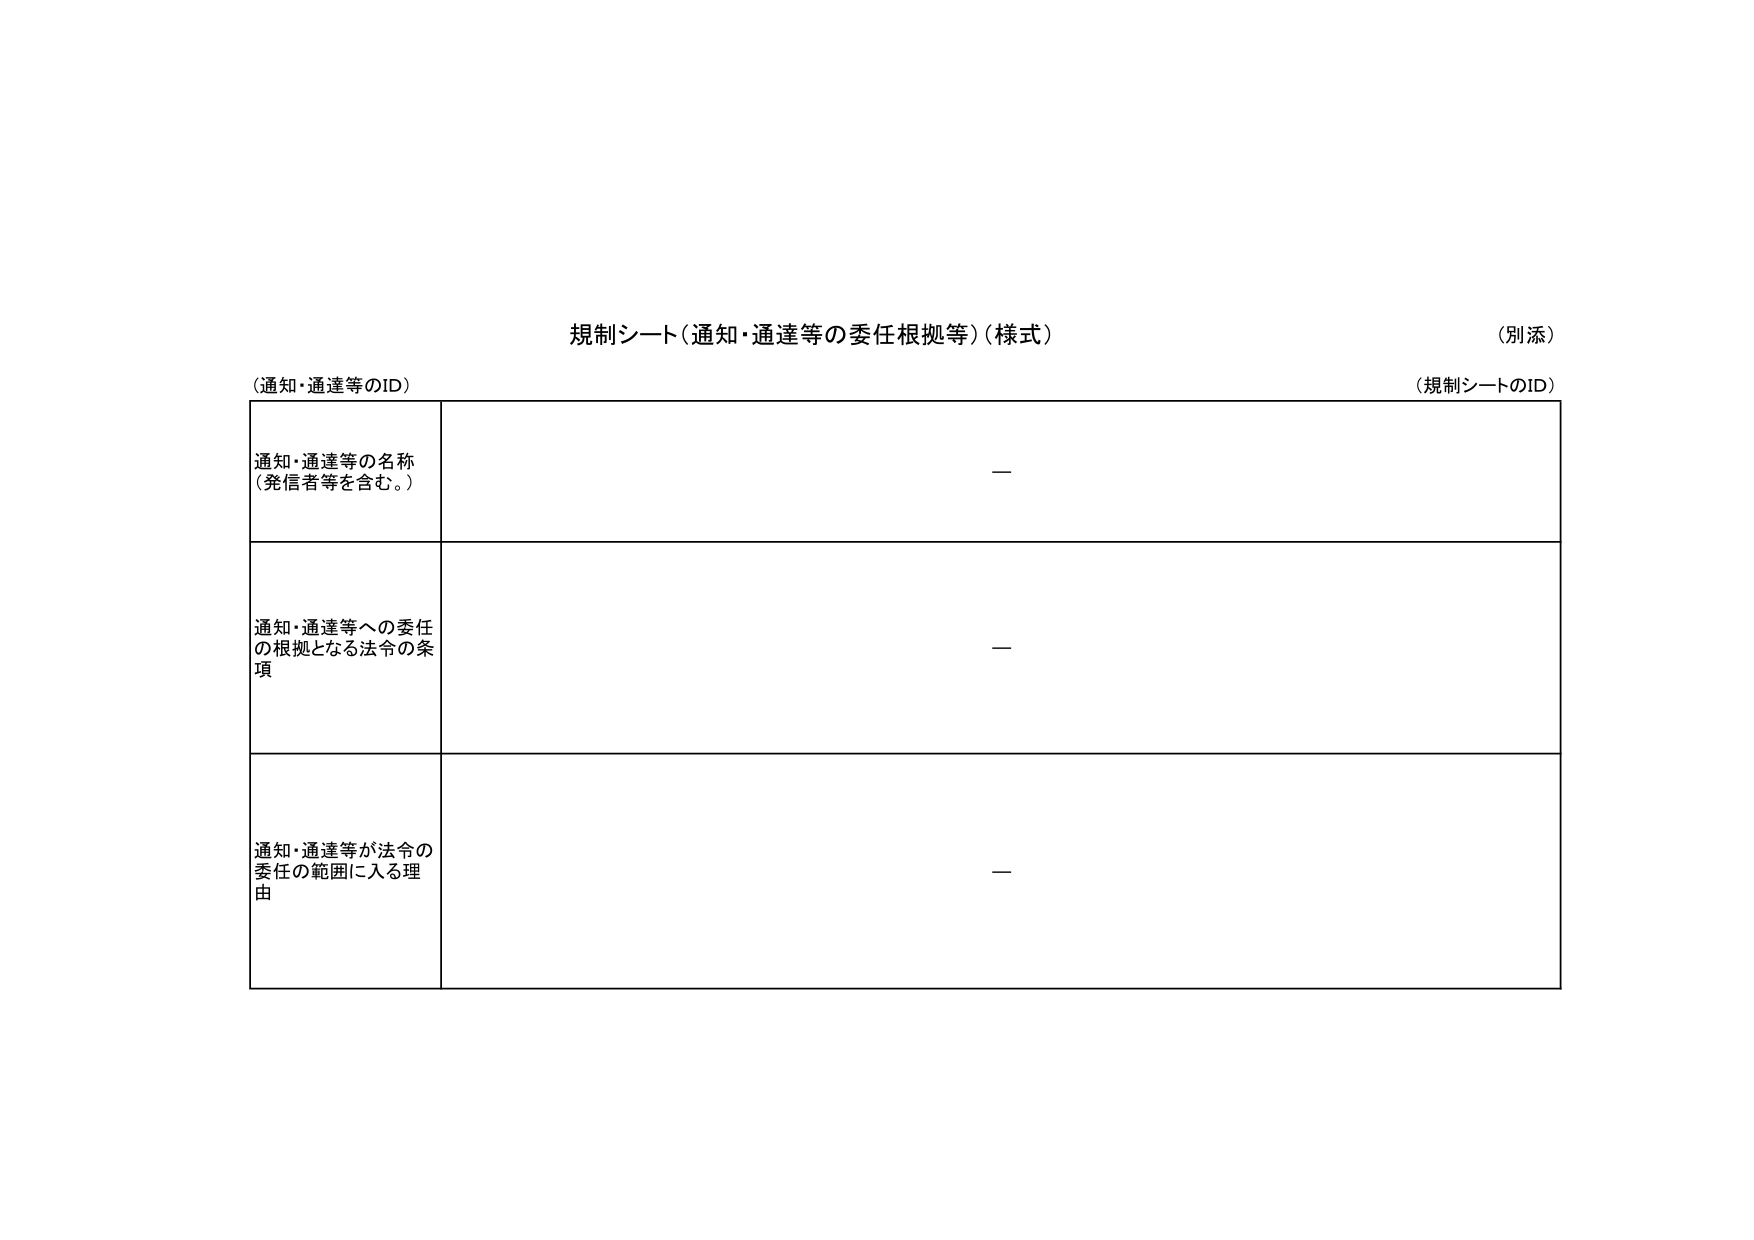
規制シート（通知・通達等の委任根拠等）（様式）
（別添）

（通知・通達等のID）
（規制シートのID）

通知・通達等の名称
（発信者等を含む。）
—

通知・通達等への委任
の根拠となる法令の条
項
—

通知・通達等が法令の
委任の範囲に入る理
由
—